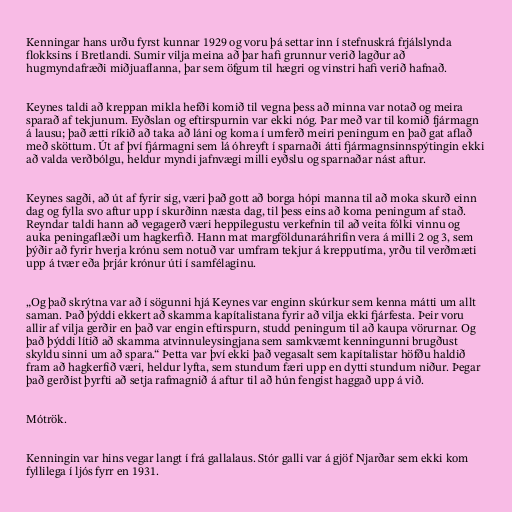
Kenningar hans urðu fyrst kunnar 1929 og voru þá settar inn í stefnuskrá frjálslynda
flokksins í Bretlandi. Sumir vilja meina að þar hafi grunnur verið lagður að
hugmyndafræði miðjuaflanna, þar sem öfgum til hægri og vinstri hafi verið hafnað.

Keynes taldi að kreppan mikla hefði komið til vegna þess að minna var notað og meira
sparað af tekjunum. Eyðslan og eftirspurnin var ekki nóg. Þar með var til komið fjármagn
á lausu; það ætti ríkið að taka að láni og koma í umferð meiri peningum en það gat aflað
með sköttum. Út af því fjármagni sem lá óhreyft í sparnaði átti fjármagnsinnspýtingin ekki
að valda verðbólgu, heldur myndi jafnvægi milli eyðslu og sparnaðar nást aftur.

Keynes sagði, að út af fyrir sig, væri það gott að borga hópi manna til að moka skurð einn
dag og fylla svo aftur upp í skurðinn næsta dag, til þess eins að koma peningum af stað.
Reyndar taldi hann að vegagerð væri heppilegustu verkefnin til að veita fólki vinnu og
auka peningaflæði um hagkerfið. Hann mat margföldunaráhrifin vera á milli 2 og 3, sem
þýðir að fyrir hverja krónu sem notuð var umfram tekjur á krepputíma, yrðu til verðmæti
upp á tvær eða þrjár krónur úti í samfélaginu.

„Og það skrýtna var að í sögunni hjá Keynes var enginn skúrkur sem kenna mátti um allt
saman. Það þýddi ekkert að skamma kapítalistana fyrir að vilja ekki fjárfesta. Þeir voru
allir af vilja gerðir en það var engin eftirspurn, studd peningum til að kaupa vörurnar. Og
það þýddi lítið að skamma atvinnuleysingjana sem samkvæmt kenningunni brugðust
skyldu sinni um að spara.“ Þetta var því ekki það vegasalt sem kapítalistar höfðu haldið
fram að hagkerfið væri, heldur lyfta, sem stundum færi upp en dytti stundum niður. Þegar
það gerðist þyrfti að setja rafmagnið á aftur til að hún fengist haggað upp á við.

Mótrök.

Kenningin var hins vegar langt í frá gallalaus. Stór galli var á gjöf Njarðar sem ekki kom
fyllilega í ljós fyrr en 1931.